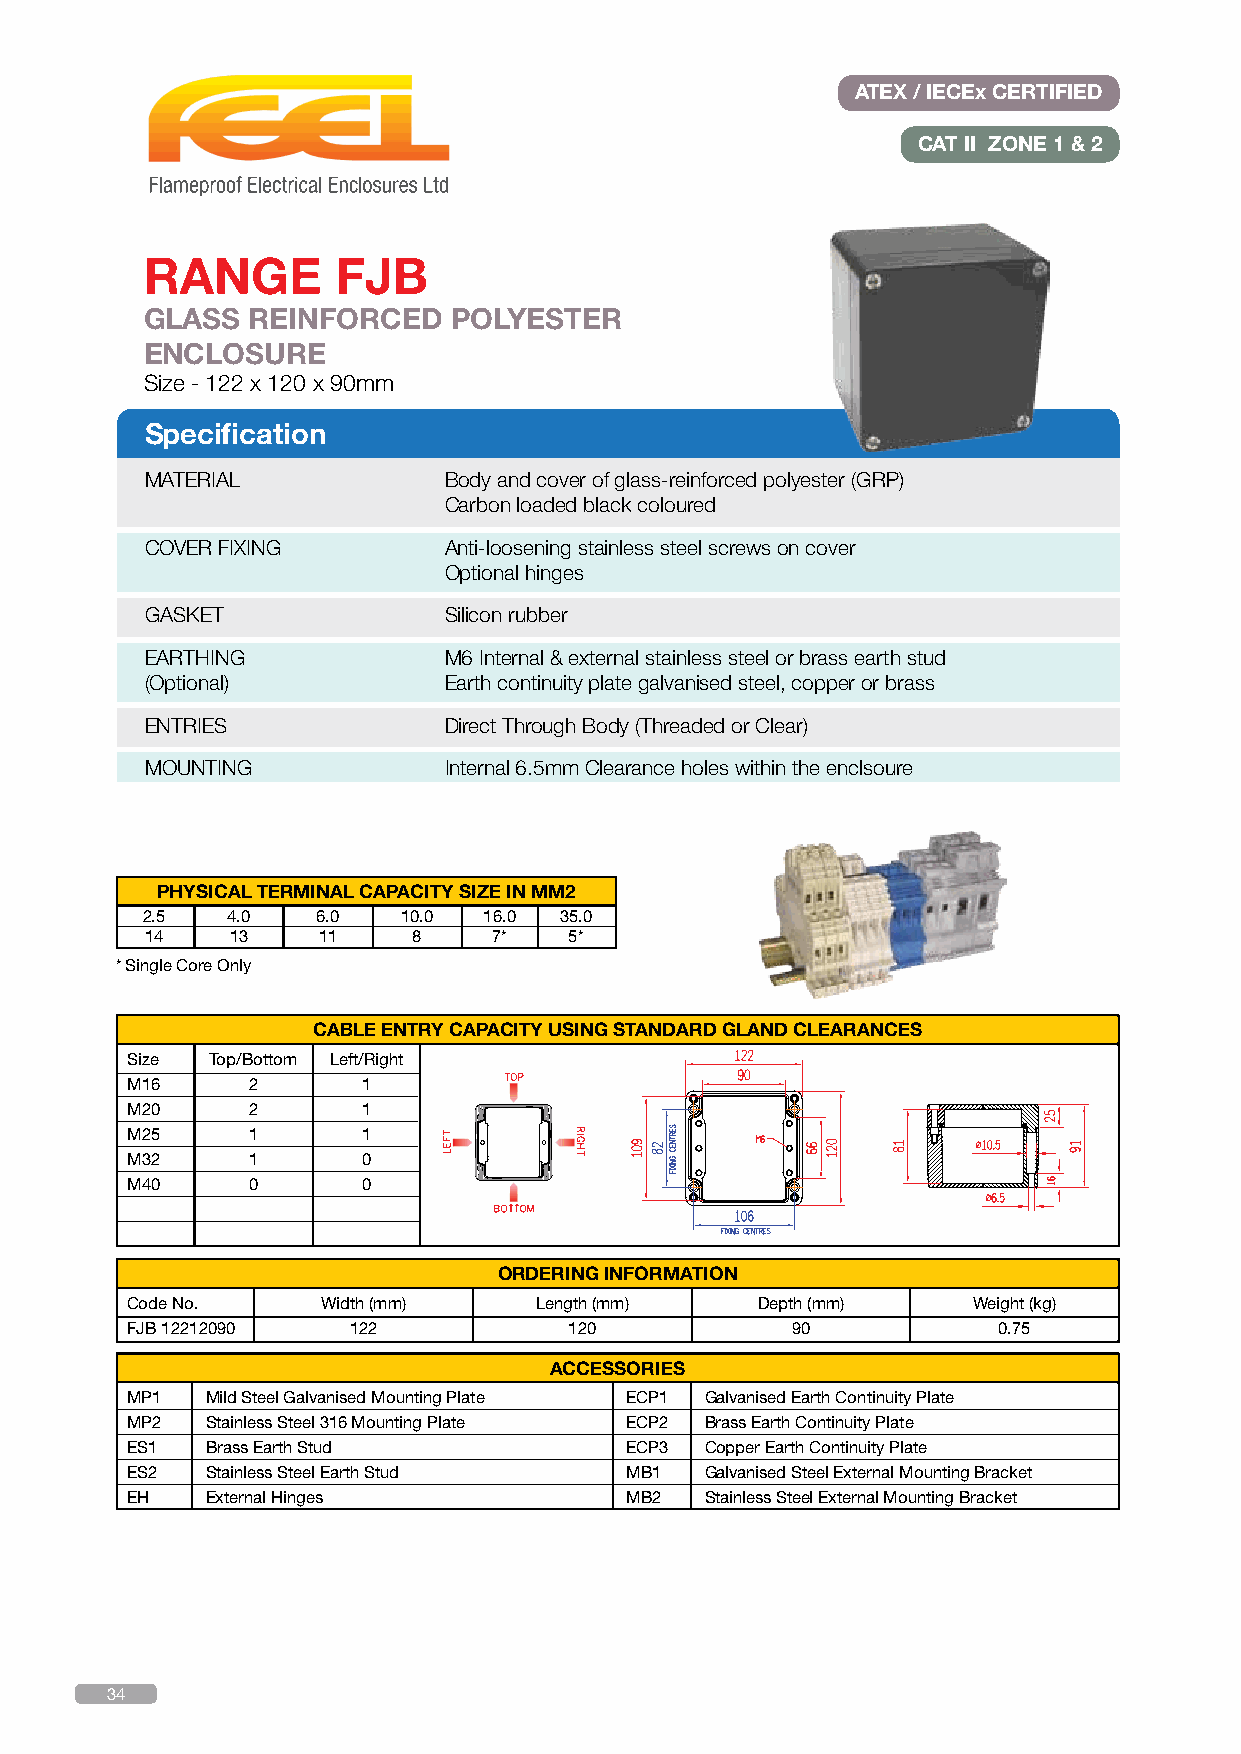
ATEX / IECEx CERTIFIED
 CAT II ZONE 1 & 2
 RANGE       FJB
 GLASS REINFORCED    POLYESTER
 ENCLOSURE
 Size - 122 x 120 x 90mm
 Specification
 MATERIAL           Body and cover of glass-reinforced polyester (GRP)
 Carbon loaded black coloured
 COVER FIXING       Anti-loosening stainless steel screws on cover
 Optional hinges
 GASKET             Silicon rubber
 EARTHING           M6 Internal & external stainless steel or brass earth stud
 (Optional)         Earth continuity plate galvanised steel, copper or brass
 ENTRIES            Direct Through Body (Threaded or Clear)
 MOUNTING           Internal 6.5mm Clearance holes within the enclsoure
 PHYSICAL TERMINAL CAPACITY SIZE IN MM2
 2.5   4.0   6.0   10.0 16.0 35.0
 14   13    11    8     7*   5*
 * Single Core Only
 CABLE ENTRY CAPACITY USING STANDARD GLAND CLEARANCES
 Size  Top/Bottom Left/Right
 M16     2       1
 M20     2       1
 M25     1       1
 M32     1       0
 M40     0       0
 ORDERING INFORMATION
 Code No.     Width (mm)    Length (mm)    Depth (mm)    Weight (kg)
 FJB 12212090   122            120           90            0.75
 ACCESSORIES
 MP1   Mild Steel Galvanised Mounting Plate ECP1 Galvanised Earth Continuity Plate
 MP2   Stainless Steel 316 Mounting Plate ECP2 Brass Earth Continuity Plate
 ES1   Brass Earth Stud           ECP3  Copper Earth Continuity Plate
 ES2   Stainless Steel Earth Stud MB1   Galvanised Steel External Mounting Bracket
 EH    External Hinges            MB2   Stainless Steel External Mounting Bracket
 34